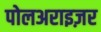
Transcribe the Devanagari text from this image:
पोलअराइज़र